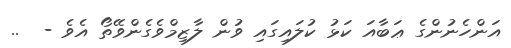
އަންހެނުންގެ ޢަބާއަ ކަޅު ކުލައިގައި ވުން ލާޒިމްވެގެންވޭތޯ އެވެ -  ..